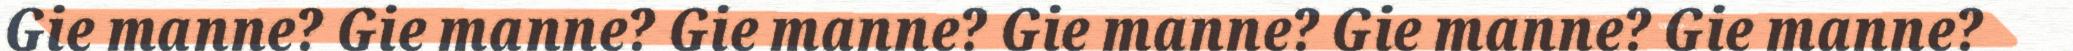
Gie manne? Gie manne? Gie manne? Gie manne? Gie manne? Gie manne?